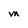
Character: M